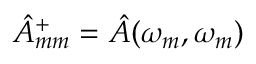
{ \hat { A } } _ { m m } ^ { + } = { \hat { A } } ( \omega _ { m } , \omega _ { m } )